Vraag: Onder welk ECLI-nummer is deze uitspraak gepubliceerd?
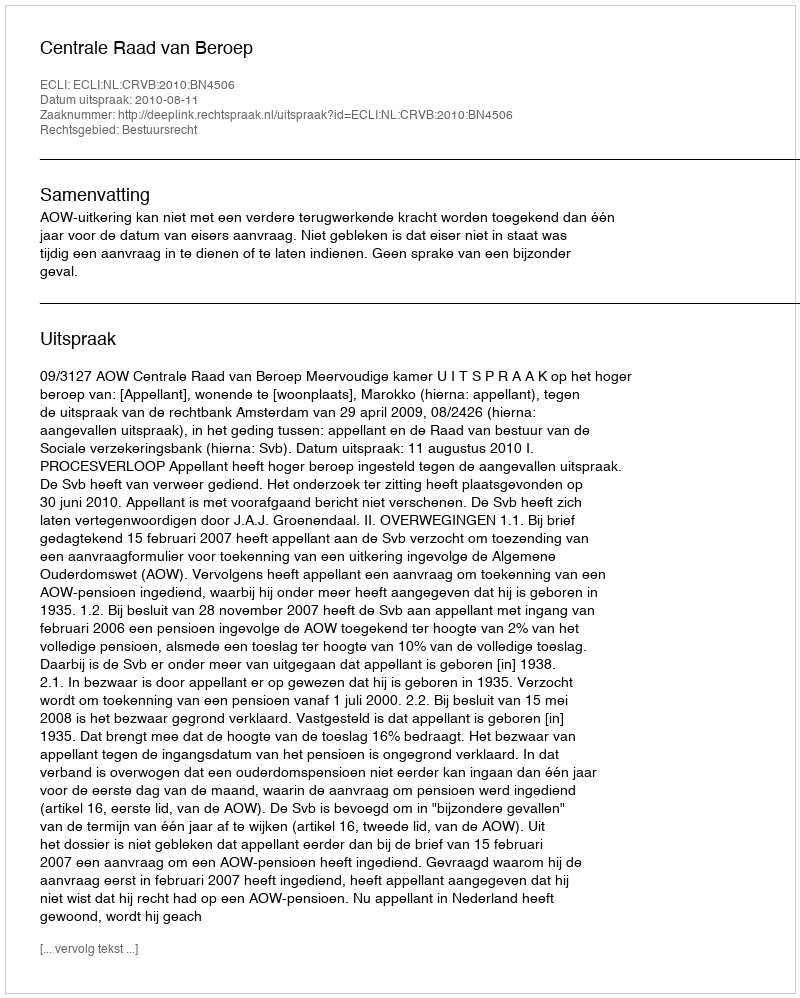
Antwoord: ECLI:NL:CRVB:2010:BN4506